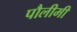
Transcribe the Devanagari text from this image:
पौलीमी